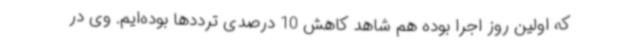
که اولین روز اجرا بوده هم شاهد کاهش 10 درصدی ترددها بوده‌ایم. وی در